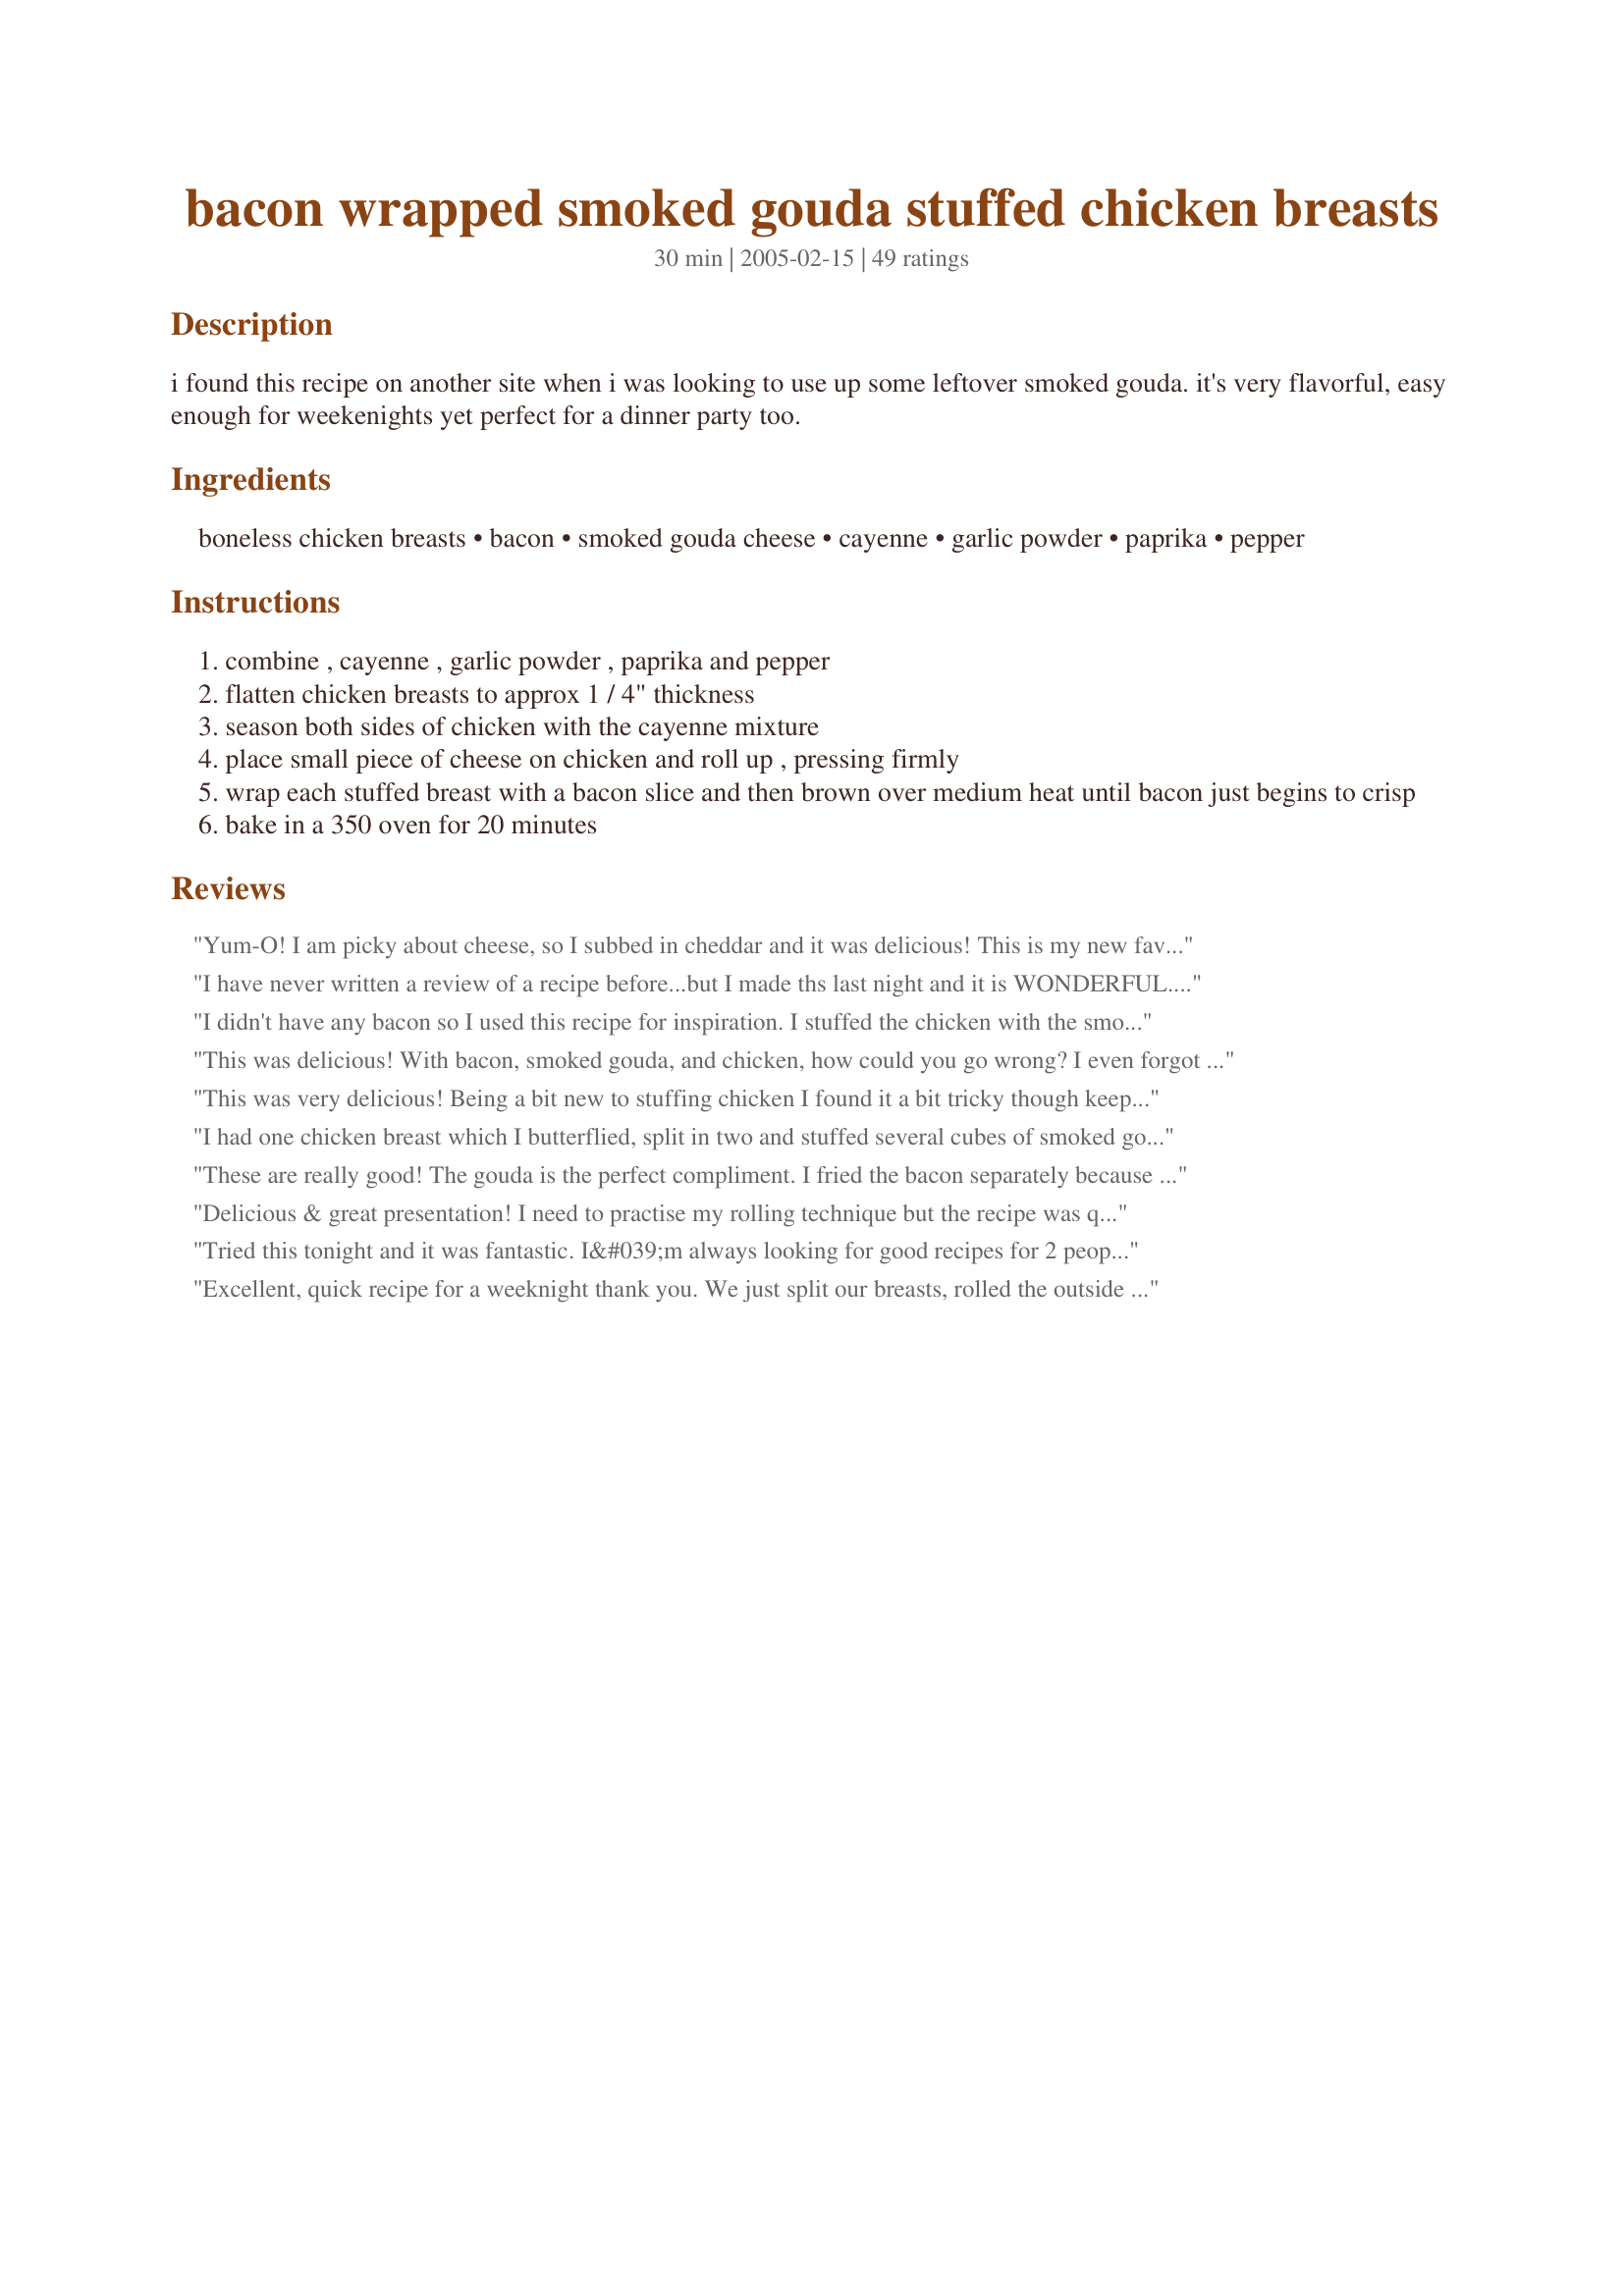
bacon wrapped smoked gouda stuffed chicken breasts
Preparation time: 30 minutes

i found this recipe on another site when i was looking to use up some leftover smoked gouda. it's very flavorful, easy enough for weekenights yet perfect for a dinner party too.

Ingredients:
boneless chicken breasts, bacon, smoked gouda cheese, cayenne, garlic powder, paprika, pepper

Steps:
combine , cayenne , garlic powder , paprika and pepper
flatten chicken breasts to approx 1 / 4" thickness
season both sides of chicken with the cayenne mixture
place small piece of cheese on chicken and roll up , pressing firmly
wrap each stuffed breast with a bacon slice and then brown over medium heat until bacon just begins to crisp
bake in a 350 oven for 20 minutes

Reviews:
Yum-O! I am picky about cheese, so I subbed in cheddar and it was delicious! This is my new favorite chicken recipe. I am a beginner cook and I felt like a chef when it was done! Thanks!
I have never written a review of a recipe before...but I made ths last night and it is WONDERFUL. The chicken melts in your mouth and the flavours just melt together. I used Old Bay, garlic, salt and pepper and paprika and pounded it into the breasts. I had sliced full breasts in half lengthwise to begin with. I used applewood smoked bacon, 2 slices per. Did not brown first, but turned on the broiled at the end to crisp up the top. Everyone snarfed it. It has made my top recipe list...and that&#039;s hard to do.
I didn't have any bacon so I used this recipe for inspiration. I stuffed the chicken with the smoked Gouda and spinach and baked as directed. I made a smoked Gouda alfredo sauce with wilted spinach and whole wheat spaghetti to set the chicken on. Really good recipe to branch off of, although I will definitely try this as posted next time I have some bacon. Thanks for posting!
This was delicious! With bacon, smoked gouda, and chicken, how could you go wrong? I even forgot to put the seasoning on. Definitely a keeper!
This was very delicious! Being a bit new to stuffing chicken I found it a bit tricky though keeping the chicken rolled up around the cheese and then browning it with the bacon wrapped around. I did use toothpicks to keep it together for that step but I maybe should have tried harder to place them strategically. I also think it would have worked out easier if I had used better chicken pieces. Mine were quite oddly shaped after I got through cleaning them up and pounding them out. The flavors though were absolutely wonderful! Maybe a tad on the spicy side and I prefer crisper bacon so I may try to brown up the bacon a bit more first. And mine took a bit longer than 20 minutes to cook. Thanks for a wonderful dish!
~Alicia~
I had one chicken breast which I butterflied, split in two and stuffed several cubes of smoked gouda in each. I was in a kitchen that had no spices beyond salt, pepper and garlic powder. I used these liberally and then wrapped a couple of thinly sliced bacon strips around each rolled brreast and browned until the bacon was crisp as suggested. I removed the breast from my skillet and placed in a baking dish, placed in the oven along with a separate dish with a couple of biscuits and baked. I took the pan drippings from the browned bacon chicken and added a bit of flour, browned it, added a bit of water (maybe a cup) to deglaze. Then I added salt, pepper and 1 tablespoon of campbells cream of chicken soup. After I got the soup to dissolve, I added a cup of frozen English peas. I made a small pot of rice. When the biscuits were done (abt 20 min). I was concerned that the breast would be over cooked while I was waiting for the other items to finish, so I slipped a sheet of foil over the top of the chicken and left it in the oven while the biscuits browned. I plated the dish with a mound of rice, a chicken breast on top covered with the English pea gravy. My DH really liked the dish and was amazed I could whip something up so quick with hardly any ingredients in the place. I searched with gouda chicken breast and bacon as those were the items on hand and used this recipe as the basis. Thanks for the website. Served a nice white and felt like I had gone out for a nice dinner.
These are really good! The gouda is the perfect compliment. I fried the bacon separately because I like it really crispy and made a pan sauce from the chicken pan. Yummy!
Delicious & great presentation! I need to practise my rolling technique but the recipe was quite easy other than that. (I cheated with 2 or 3 toothpicks in every breast - lol)
Tried this tonight and it was fantastic. I&#039;m always looking for good recipes for 2 people and this fit the bill. Easy to make and the flavor combo can&#039;t be beat. Of course I fried extra bacon and sprinkled on top, because.....Bacon. Thanks for this keeper, it will be a regular at our house.
Excellent, quick recipe for a weeknight thank you.
We just split our breasts, rolled the outside in the spice mix, then put our cheese in, closed them over and wrapped each in 2 slices of bacon. We just put them on a tray and put them straight in the oven. They were big and took about 25 minutes to cook. We will make this one again really soon.
This would be good with gorgonzola too!
The chicken breasts that I used were rather thick so instead of beating them thin, I halved them long ways and ended up with what I&#039;m sure would be the same outcome. I did not brown them in a skillet prior to baking... My goal is to not dirty the whole kitchen over a weeknight meal. So I just adjusted the cook time and temp to 40 minutes at 375. I also added a bit of cumin to the seasoning... I couldn&#039;t help myself! lol. They turned out fantastic and were a total hit with the fam! I do feel that next time I prepare this, I will double the seasoning mix, this recipe used it so sparingly that it left me wanting just a bit more POW.
Just a note. I have found that when you cook with cheese as a stuffing, cut the cheese to size and then freeze it. That way, as the meat cooks, the cheese stays inside rather than melting and flowing out of the meat. This works with the chicken breasts and also for stuffed meatballs, which I stuff with a square of mozzarella cheese.
I only used regular gouda (Not smoked) I did carmelize an onion for 15 minutes and then added a tablespoon of brown sugar like other user suggested. Rolled the chicken with the gouda and onions. Wrapped the chicken with the bacon. Sprinkled some extra paprika on top for color .Set the oven to 450 and baked in oven for 25 minutes. DELICIOUS
Delicious! DH said it belongs in a restaurant. Next time I will use a little more cheese though, but there will defnitely be a next time! Thanks for posting!
easy and loved how tender and soft the chicken was - it was inhaled by everyone in minutes! can't believe it was so quick to cook as well. definitely will be one of those back-pocket standby dishes
I followed the recipe and was disappointed. The cayenne pepper is too spicy and overpowers everything.
This a killer receipe. I put them on the grill and add spinach or broccoli to the cheese. The family cant get enough of them. You have to try it.
I thought this was a wonderful combo of flavors. I butterflied the breasts because I can't ever seem to pound the breast out flat enough. I t was also quite easy and quick.
Absolutely wonderful and simple dish to prepare after a day of playing on the lake. Pounded, stuffed, and rolled the chicken breasts early in the morning and popped into the fridge until we were ready to eat. I sauteed them for about 15 minutes or so to get the back really crisp. I used the thicker cut bacon, so it took a little longer. The ONLY thing I changed and it wasn&#039;t really a change, was doubling the spices. I seasoned the breasts before stuffing &amp; rolling and then seasoned once again on the exterior. Thumbs up from the family that likes spice and the smooth gouda cheese was a mouth welcoming to the little spicy bite. Will definitely be making again. Of to the recipe box this one goes :)
I have made this many times. I have used string cheese which melts great and with the cheese have added sun dried tomatoes or roasted red bell peppers as part of the stuffing. A big spoonful of pesto is also great. I grill these and place them on the cooler side of the grill to get the bacon to tighten up. Yummy
Followed this recipe and found it pretty bland. If I made it again, I would change the seasoning, cheese type and baking temp and time. Sorry, not a keeper but thanks for posting it :)
This was excellent! I was skeptical about wrapping chicken around cheese then wrapping the whole thing with bacon without toothpicks to secure it all, but it didn't need to be secured. The chicken was tender and tasty. Will definitely make this again. My husband said, &quot;This is like party food!&quot; He loved it too.
I made several adaptions to this recipe and it was fantastic. I did beat the chicken breast flat and then folded them in half with a piece of foil in the middle. I seasons the inside with the ingredients listed. I baked the breast in a 350 oven for about 15 minutes. 
Instead of rolling the chicken breast with the bacon, I cut the bacon up and fried until crisp. I then took the bacon pieces out and drained. I threw away all the bacon fat except for one tablespoon which I used to saute 1 large sliced onion in and cooked or carmelized the onion for about 15 minutes with 1 Tbsp brown sugar. 
When the onions were done, I added back the bacon, and then added about 1 cup of shredded gouda cheese. I removed the breast from the oven and removed the foil. I place about 1/6 of the onion mixture in the middle of the chicken breast and then folded it back over. I then sprinked the remaining onions and cheese over the top and returned to the oven for another 10 minutes. This was a really good supper. Served with fresh brocolli and fresh fruit. It was great.
Outstanding! Made two large breast halves and used two bacon/ breast. After finishing off in the oven, I couldn't resist making a sauce with the yummy drippings in the bottom of the pan. I just removed the chicken (and the cheese that oozed out) and poured in about 1/3 c. heavy cream and let it reduce a bit. Drizzled it on top. My husband and I were oohing and aahing through the entire meal. Thanks for the great recipe!!
Made this last night. Used chicken tenders and pound it out. I think the cheese was a little too thick, took a long time to melt. After cooking on the stove took 35 mins in the oven. Will definitely try this again.
Oh my goodness-I loved this and my husband did, too! We both agreed it should get five stars. I normally don't try things if it doesn't have a rating, but I had some bacon and smoked gouda I needed to use and I am so glad I tried it! It has just the right amount of spice, a great mix of flavors and it's surprisingly moist!! 
The only thing I did different was marinate the chicken in a little red wine before I cooked it and then I also used three slices of bacon per breast. I pre-cooked the bacon a little on one side and wrapped that side around the chicken so the uncooked side was exposed to brown in the frying pan. I also left a little of the fat from after I cooked the bacon to brown the bacon wrapped chicken in, but I don't even think that's necessary.
Thanks for a super easy and delicious recipe!
Excellent! Made as posted with no changes.
Very good and easy to assemble. The smoky Gouda and smoky bacon are wonderful flavors together.

I used toothpicks to hold the chicken breasts together while browning. I removed them before baking.

Be sure to brown both sides of the chicken.

I used 1/2 slices of bacon, as that is all I had, and placed them across the top. Worked beautifully.

I kept it simple and served with wild rice and a salad.
Turned out good. Very easy to do even when you don't have the correct thickness of chicken. I would prefer to shred the gouda in the future. It took a whole pack of bacon to cover the &quot;family size&quot; amount of chicken breasts I had (which I sliced down the middle to &quot;stuff&quot;). This recipe is great for beginners
May be I&#039;m just not that skilled at rolling/wrapping/stuffing chicken. I tried the suggestion of the other person of freezing the cheese, as I think I have heard that somewhere before. Well, the inside of my large chicken breast didn&#039;t cook or the cheese. I ended up finishing it in the microwave. The flavors were very good. May be I will try with smaller chicken &amp; less bacon. I thought may be a sauce made of the cheese would be wonderful. Might try that.
This was a hit with my family!! Because of the spices I decided to get low sodium bacon and it was perfect! I will caution, half of my Gouda disappeared before I got to stuff the chicken so I suggest getting extra. ?
I made this dish last night, and my husband loved, loved it. I did not have smoked Gouda on hand, so I substituted a creamy Havarti. With the saltiness if the smoked bacon, I retained a nice smoky and salty flavor, which contrasted very nicely with the creaminess of the cheese. Another note is that I only used one chicken breast, split in half after pounding, and it was more than enough to serve two of us, so it&#039;s a great extender for the budget. One small adjustment: when the chicken was done, I let the rolls rest for 5 minutes, it made them very moist and easy to slice on the plate, and set the cheese inside so each slice contained cheese on the plate. KUDOs!!
It tasted really good. My family and kids enjoyed it quite a lot. It was quite easy to prepare and make.
If you&#039;re making for a group of people, I suggest using chicken tenderloins instead so it makes more and smaller servings! This is great for holiday parties and so easy!
Awesome - we couldn't stop saying 'Yum!' Definitely a keeper and definitely something we would make for company. Didn't change a thing - great flavors - thanks!!
Excellent recipe! Relatively fast and very easy; it even withstood my brain hiccup when I accidentally substituted Italian seasoning for the pepper (I was thinking about the next day's recipe) for 2/3 of the chicken. Used Boar's Head smoked Gouda, which is some fantastic cheese! Also used smoked paprika since it was the only type I had on hand. My girls claimed it was a bit too spicy and DW felt, while very good, it was a bit heavy for her taste. That said, I consider this recipe a winner and I definitely recommend it!
Turned out yummy. I skipped the pan frying step and put it right into the over. Took closer to 40 minutes to cook. Used 2 slices of bacon to hold the chicken closed. Will definately make again!
I had regular Gouda cheese which I used for this recipe, and it is delicious. I can't wait to try it with the smoked gouda because that has got to be out of this world. Update - not sure why, but I made this again using the smoked Gouda and it needed salt
This was absolutely a great, flavorful dish! Thanks for posting!!
I loved it! Very easy to put together and flavorful, the Gouda cheese does not melt as readily as other cheeses, so the chicken breast retains it's stuffing much better. Will be a staple around here.
I don&#039;t usually write reviews but, this recipe was so easy and wonderful I was compelled to give my opinion. It&#039;s a keeper! Need to double up on the spice mix and modify the instructions as we had to guess on the cooking instructions. Put the chicken wrapped Gouda and bacon under the broiler (not too close) and watch so it doesn&#039;t burn, about 5 minutes, then switch to bake on 350 for 20 minutes. I used chicken cutlets which did not require pounding to thin the breast.
My family loves this so much, thanks!
This was very good. I pre-cooked the bacon in a frying ban a little instead of wrapping the chicken and doing it that way. I definitely recommend fitting in as much cheese as possible, as the more cheese the better! I added a few more spices and used 2 pieces of bacon to wrap each chicken roll. I had to cook it between 25-30 minutes.
I made these exactly as written and my family thought they were FANTASTIC! A special looking meal that is so simple. Thanks for sharing!
These were wonderfully juicy! I, too, skipped the browning in the skillet and they were still a beautiful color. Mine took more like 30-35 minutes before they were done to my comfort zone. I did in the last 10 minutes get the desire to pour some BBQ sauce over the chicken, just a glazing of it. After tasting it, it seemed like that BBQ sauce just melded all the other flavors together. It was good on it's own,(I left a piece that way to try), just a little bland for our tastes. This is an easy, but looks more difficult type recipe.
I loved the marriage of flavors in this dish - each is detectable, but blends beautifully together. I cut the recipe in half (cook for only myself) and found one piece quite filling. Next day I sliced the second (cold,) and used it in a mock Cobb salad - delicious! Thanks, it has become a go to favorite!
If you like bacon perfuming up your residence, you'll love this! ;-)
Very good and easy. You do need time to make sure the chicken cooks all the way through. I used toothpicks to secure, also the cheese tends to bubble out so make sure to use enough. All and all it is a redo".
